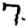
Digit: 7